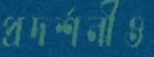
প্রদর্শনীও